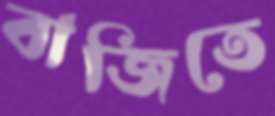
বাজিতে